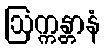
ဩက္ကန္တာနံ